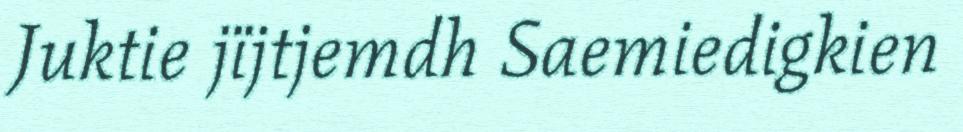
Juktie jïjtjemdh Saemiedigkien